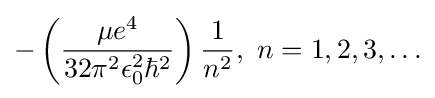
-\left({\frac {\mu e^{4}}{32\pi ^{2}\epsilon _{0}^{2}\hbar ^{2}}}\right){\frac {1}{n^{2}}},\,\,n=1,2,3,\ldots